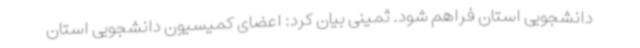
دانشجویی استان فراهم شود. ثمینی بیان کرد: اعضای کمیسیون دانشجویی استان